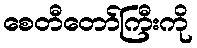
စေတီတော်ကြီးကို